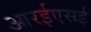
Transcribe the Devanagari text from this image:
आरईएसई